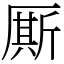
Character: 厮